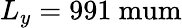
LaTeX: L_{y}=991\mathrm{\ mum}